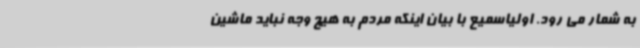
به شمار می رود. اولیاسمیع با بیان اینکه مردم به هیچ وجه نباید ماشین